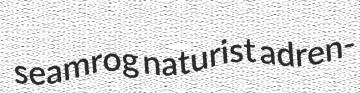
seamrog naturist adren-